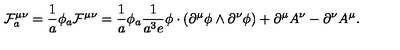
{ \cal F } _ { a } ^ { \mu \nu } = \frac { 1 } { a } \phi _ { a } { \cal F } ^ { \mu \nu } = \frac { 1 } { a } \phi _ { a } \frac { 1 } { a ^ { 3 } e } \phi \cdot ( \partial ^ { \mu } \phi \wedge \partial ^ { \nu } \phi ) + \partial ^ { \mu } A ^ { \nu } - \partial ^ { \nu } A ^ { \mu } .